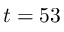
t = 5 3